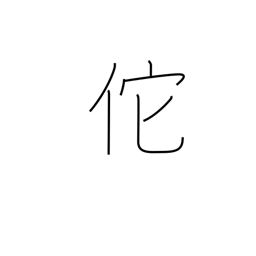
Meaning: proud